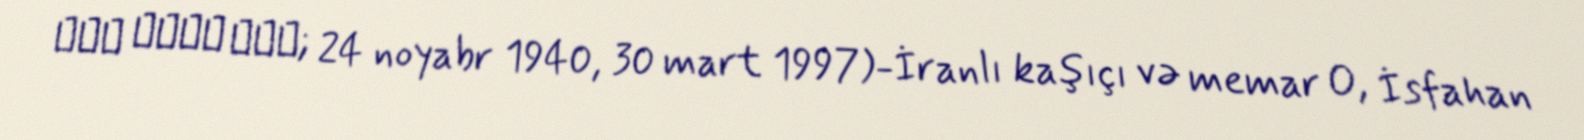
علی پنجه پور; 24 noyabr 1940, 30 mart 1997)-İranlı kaşıçı və memar O, İsfahan